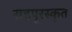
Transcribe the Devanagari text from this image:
सहपुरस्कृत